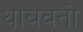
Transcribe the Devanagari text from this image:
थांबवतो